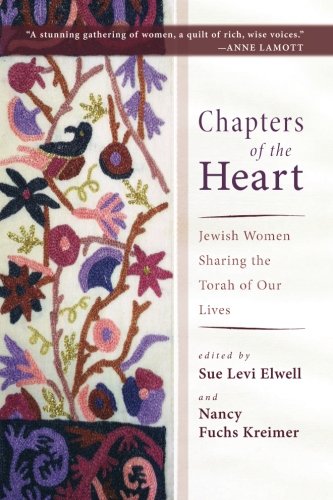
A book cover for Chapters of the Heart : Jewish Women Sharing the Torah of Our Lives; Religion & Spirituality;